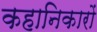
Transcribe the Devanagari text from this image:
कहानिकारों